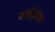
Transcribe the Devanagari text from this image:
बाईज़ास